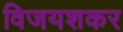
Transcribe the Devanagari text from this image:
विजयशकर